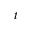
t